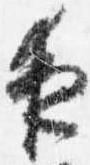
夜